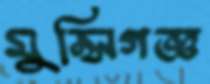
মুন্সিগজ্ঞ